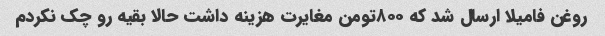
روغن فامیلا ارسال شد که ۸۰۰تومن مغایرت هزینه داشت حالا بقیه رو چک نکردم